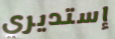
إستديري